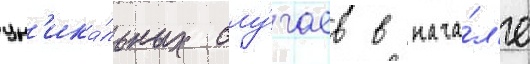
ун'ика́льных слу́чаев в нача́л'е